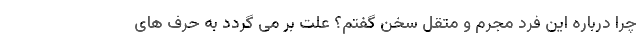
چرا درباره این فرد مجرم و متقل سخن گفتم؟ علت بر می گردد به حرف های